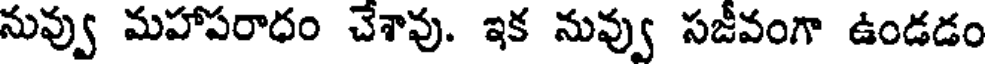
నువ్వు మహాపరాధం చేశావు. ఇక నువ్వు సజీవంగా ఉండడం